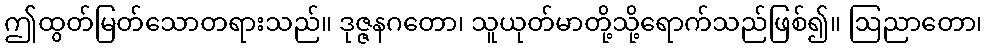
ဤထွတ်မြတ်သောတရားသည်။ ဒုဇ္ဇနဂတော၊ သူယုတ်မာတို့သို့ရောက်သည်ဖြစ်၍။ ဩညာတော၊